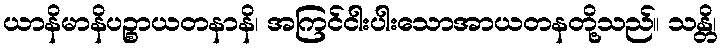
ယာနိမာနိပဉ္စာယတနာနိ၊ အကြင်ငါးပါးသောအာယတနတို့သည်။ သန္တိ၊